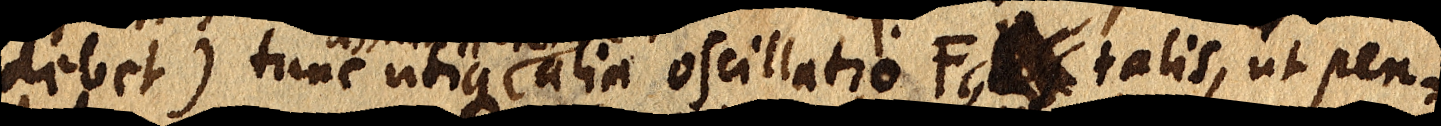
debet) tunc utique alia oscillatio FG talis, ut pen-